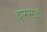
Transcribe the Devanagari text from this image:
दारूसाठी